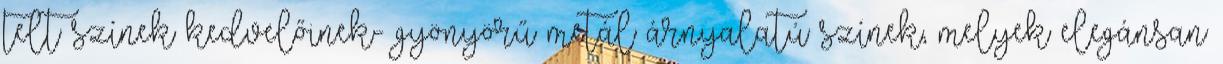
telt színek kedvelőinek- gyönyörű metál árnyalatú színek, melyek elegánsan